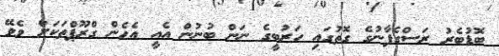
ބޮޑުބެރު ރަސްގެފާނުގެ ގޮތުގައި ހަރުބީގެ ނަން ބުނުން އެއީ އެހެން ގްރޫޕްތަކަށް ވެވޭ